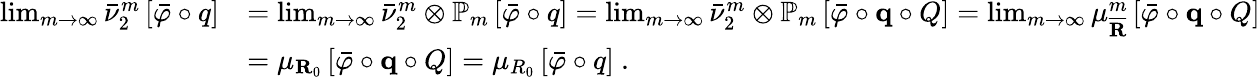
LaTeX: \begin{array}{rl}{\operatorname*{lim}_{m\rightarrow\infty}\bar{\nu}_{2}^{m}\left[\bar{\varphi}\circ q\right]}&{=\operatorname*{lim}_{m\rightarrow\infty}\bar{\nu}_{2}^{m}\otimes\mathbb{P}_{m}\left[\bar{\varphi}\circ q\right]=\operatorname*{lim}_{m\rightarrow\infty}\bar{\nu}_{2}^{m}\otimes\mathbb{P}_{m}\left[\bar{\varphi}\circ\mathbf{q}\circ Q\right]=\operatorname*{lim}_{m\rightarrow\infty}\mu_{\overline{{\mathbf{R}}}}^{m}\left[\bar{\varphi}\circ\mathbf{q}\circ Q\right]}\\ &{=\mu_{\mathbf{R}_{0}}\left[\bar{\varphi}\circ\mathbf{q}\circ Q\right]=\mu_{R_{0}}\left[\bar{\varphi}\circ q\right]\ .}\end{array}